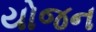
યોજન